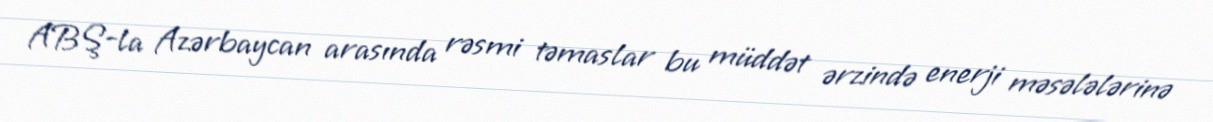
ABŞ-la Azərbaycan arasında rəsmi təmaslar bu müddət ərzində enerji məsələlərinə